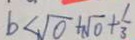
b < \sqrt { 0 } + \sqrt { 0 } + \frac { 1 } { 3 }